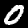
Label: 0